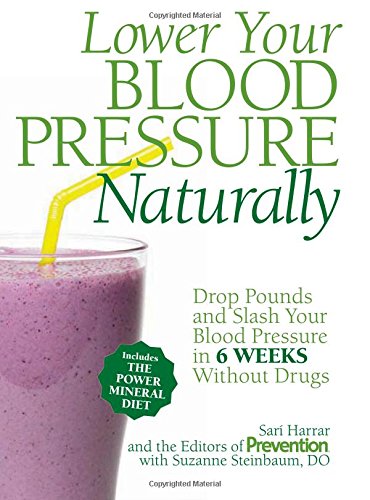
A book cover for Lower Your Blood Pressure Naturally: Drop Pounds and Slash Your Blood Pressure in 6 Weeks Without Drugs; SarÃ­ Harrar; Health, Fitness & Dieting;